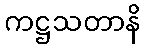
ကဋ္ဌသတာနိ